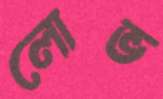
লোভ